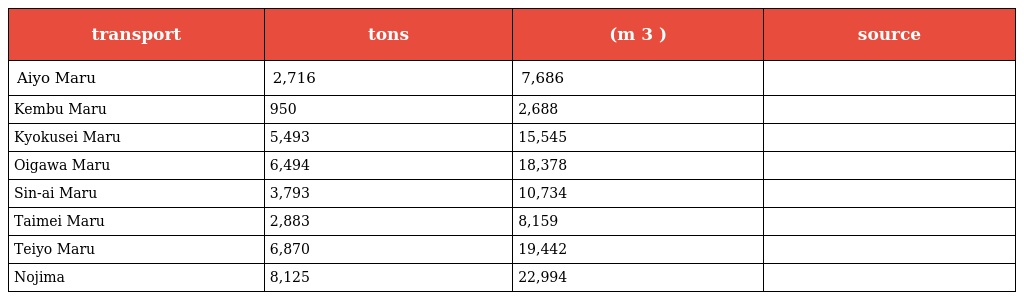
| transport | tons | (m 3 ) | source |
 | --- | --- | --- | --- |
 | Aiyo Maru | 2,716 | 7,686 |  |
 | Kembu Maru | 950 | 2,688 |  |
 | Kyokusei Maru | 5,493 | 15,545 |  |
 | Oigawa Maru | 6,494 | 18,378 |  |
 | Sin-ai Maru | 3,793 | 10,734 |  |
 | Taimei Maru | 2,883 | 8,159 |  |
 | Teiyo Maru | 6,870 | 19,442 |  |
 | Nojima | 8,125 | 22,994 |  |